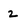
Character: 2